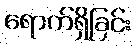
ရောက်ရှိခြင်း